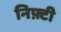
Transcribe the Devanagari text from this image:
निफ़्टी